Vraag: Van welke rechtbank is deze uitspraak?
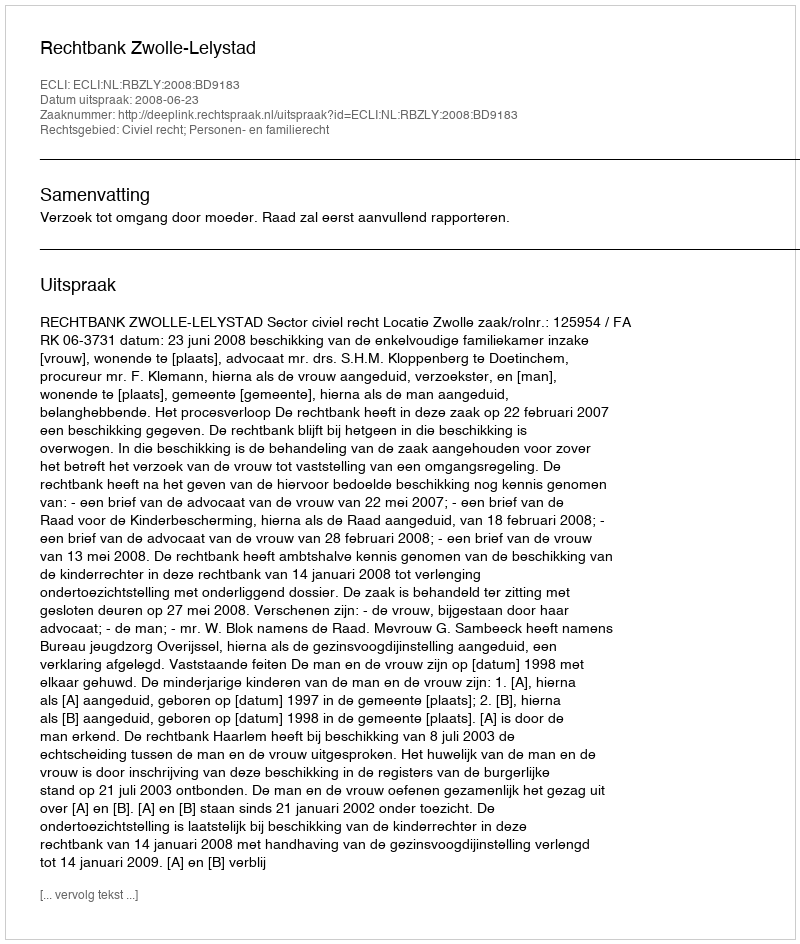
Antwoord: Rechtbank Zwolle-Lelystad